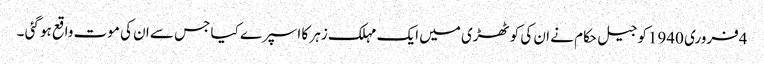
4فروری 1940کو جیل حکام نے ان کی کوٹھڑی میں ایک مہلک زہر کا اسپرے کیا جس سے ان کی موت واقع ہو گئی ۔